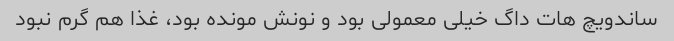
ساندویچ هات داگ خیلی معمولی بود و نونش مونده بود، غذا هم گرم نبود